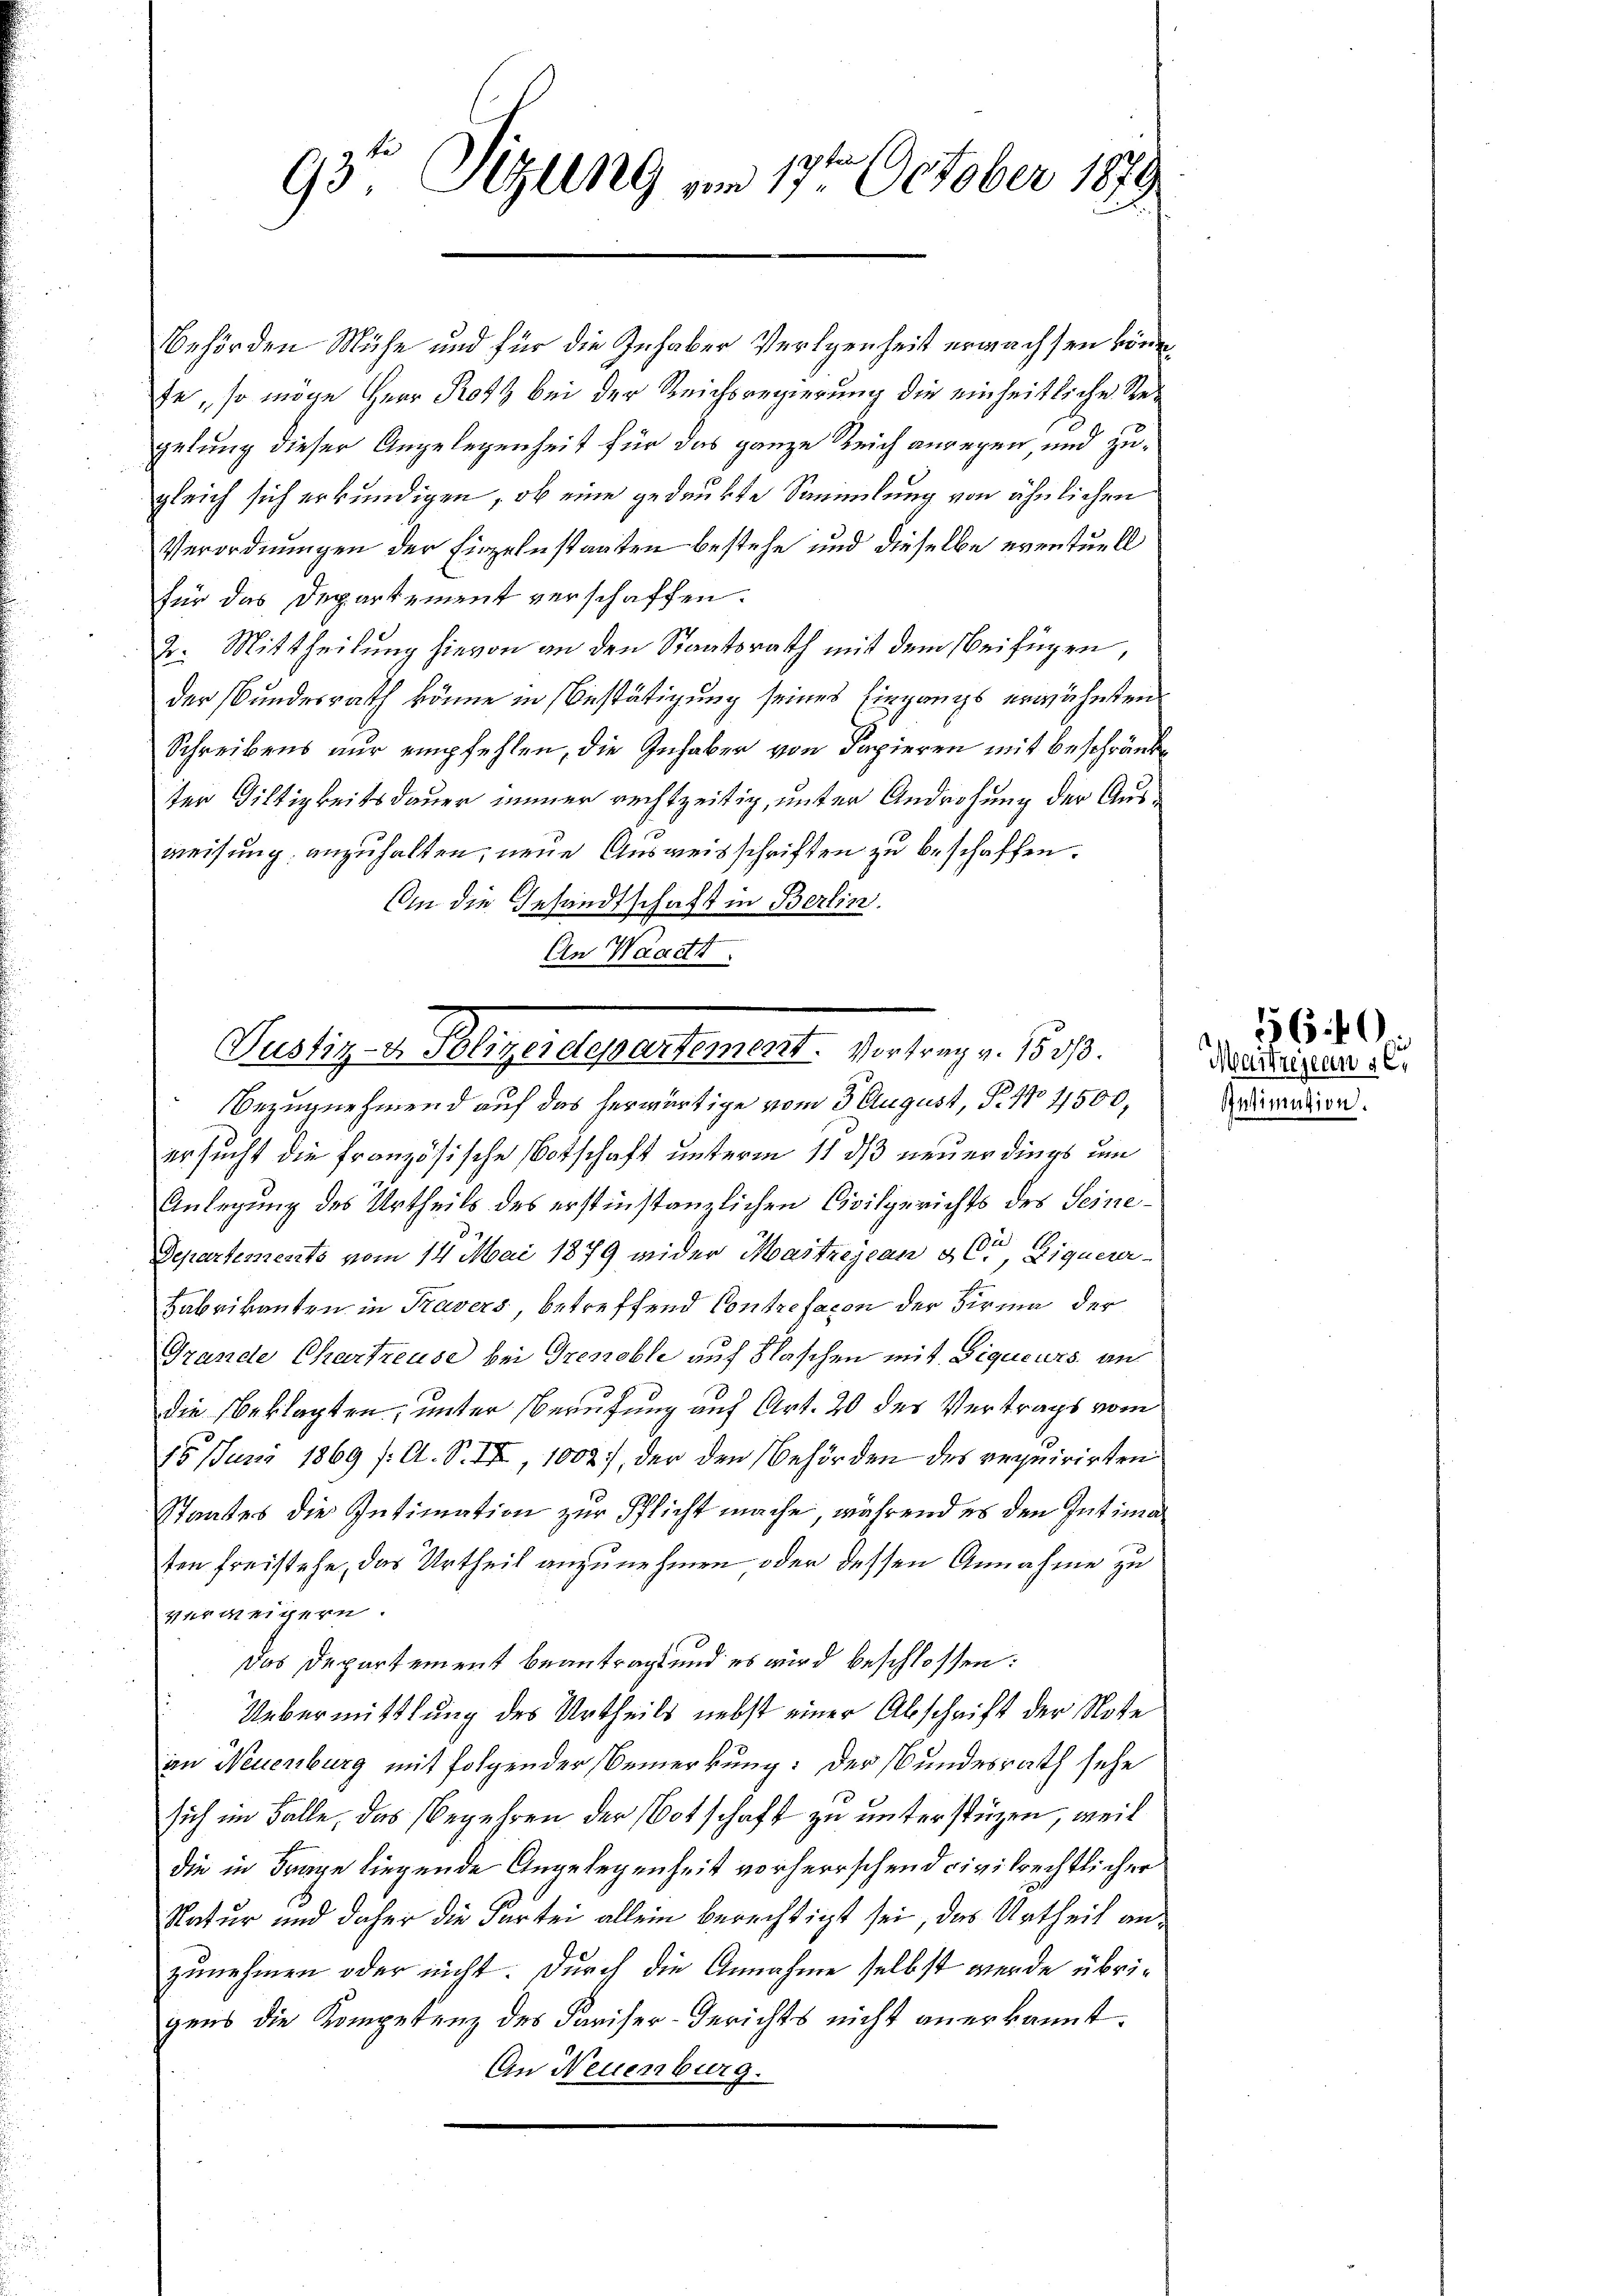
93. Sizung vom 17ten October 1879

Behörden Mühe und für die Inhaber Verlegenheit erwachsen könn
fe, so möge Herr Roth bei der Reichsregierung die einheitliche Regelung dieser Angelegenheit für das ganze Reich anregen und zugleich sich erkundigen, ob eine gedankte Sammlung von ähnlichen
Verordnungen der Einzeln staaten bestehe und dieselbe eventuell
für das Departement verschaffen.
Dr. Mittheilung hievon an den Staatsrath mit dem Beifügen,
der Bundesrath könne in Bestätigung seines Eingangs erwähnten
Schreibens nur empfehlen, die Inhaber von Papieren mit beschränke
ter Viltigkeitsdauer immer rechtzeitig, unter Androhung der Ausweisung anzuhalten, neue Ausweisschriften zu beschaffen.
An die Gesandtschaft in Berlin.
An Waadt.

Pertig v. Klage. Separtement. Vierten u. 800.

Bezugnehmend auf das herwärtige vom 3 August, P. No 4500,
ersucht die französische Botschaft unterm 11 ds neuerdings um
Anlegung des Urtheils des erstinstanzlichen Civilgerichts des Seine¬
Departements vom 14. Mai 1879 wider Mastzejean 3 Cr, Ziquerar¬
Fabrikanten in Tavers, betreffend Contrefacon der Firma der
Grande Chartreuse bei Grenoble auf Flaschen mit Digueurs an
die beklagten; unter Berufung auf Art. 20 des Vertrags vom
15. Juni 1869 /: A. S. II, 1002), der den Behörden des requirirten
Staates die Intimation zur Pflicht mache, während es den Intimaten freistehe, das Urtheil anzunehmen oder dessen Annahme zu
verweigern.
Das Departement beantragt und es wird beschlossen:
Uebermittlung des Urtheils nebst einer Abschrift der Note
an Neuenburg mit folgender Bemerkung: Der Bundesrath sehe
sich im Falle, das Begehren der Botschaft zu unterstüzen, weil
die in Frage liegende Angelegenheit vorherrschend civilrechtlicher
Natur und daher die Kartei allein berechtigt sei, das Urtheil anzunehmen oder nicht. Durch die Annahme selbst werde übrigens die Kompetenz des Pariser-Gerichts nicht anerkannt.
In Neuenburg.

Maitregeln sei
Intimation.

56 40